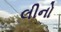
લીનો